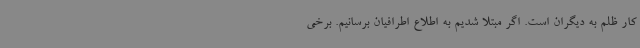
کار ظلم به دیگران است. اگر مبتلا شدیم به اطلاع اطرافیان برسانیم. برخی